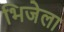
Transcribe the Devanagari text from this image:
भिजेला